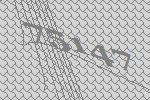
75147